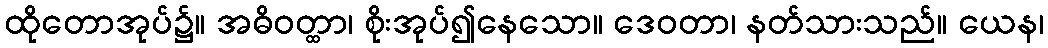
ထိုတောအုပ်၌။ အဓိဝတ္ထာ၊ စိုးအုပ်၍နေသော။ ဒေဝတာ၊ နတ်သားသည်။ ယေန၊